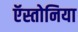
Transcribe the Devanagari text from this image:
ऍस्तोनिया